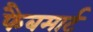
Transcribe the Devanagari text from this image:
फैबमार्ट